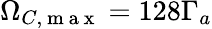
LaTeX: \Omega_{C,\mathrm{~m~a~x~}}=128\Gamma_{a}